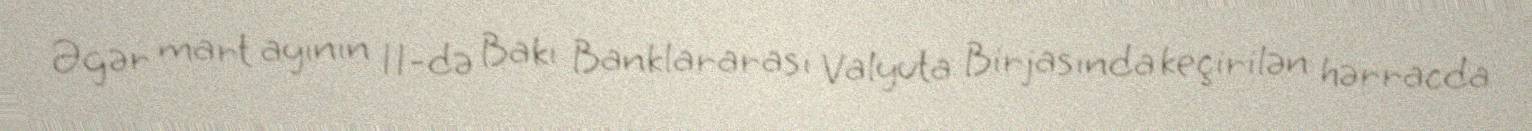
Əgər mart ayının 11-də Bakı Banklararası Valyuta Birjasında keçirilən hərracda